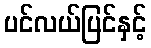
ပင်လယ်ပြင်နှင့်